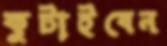
কুটাইবেন